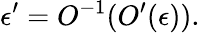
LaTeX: \epsilon^{\prime}=O^{-1}(O^{\prime}(\epsilon)).